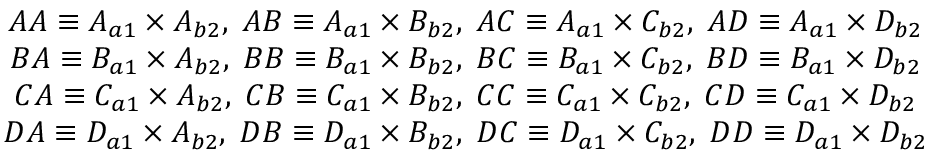
\begin{array} { c c } { A A \equiv A _ { a 1 } \times A _ { b 2 } , \; A B \equiv A _ { a 1 } \times B _ { b 2 } , \; A C \equiv A _ { a 1 } \times C _ { b 2 } , \; A D \equiv A _ { a 1 } \times D _ { b 2 } } \\ { B A \equiv B _ { a 1 } \times A _ { b 2 } , \; B B \equiv B _ { a 1 } \times B _ { b 2 } , \; B C \equiv B _ { a 1 } \times C _ { b 2 } , \; B D \equiv B _ { a 1 } \times D _ { b 2 } } \\ { C A \equiv C _ { a 1 } \times A _ { b 2 } , \; C B \equiv C _ { a 1 } \times B _ { b 2 } , \; C C \equiv C _ { a 1 } \times C _ { b 2 } , \; C D \equiv C _ { a 1 } \times D _ { b 2 } } \\ { D A \equiv D _ { a 1 } \times A _ { b 2 } , \; D B \equiv D _ { a 1 } \times B _ { b 2 } , \; D C \equiv D _ { a 1 } \times C _ { b 2 } , \; D D \equiv D _ { a 1 } \times D _ { b 2 } } \end{array}